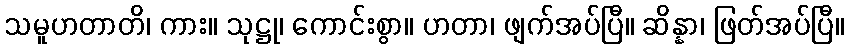
သမူဟတာတိ၊ ကား။ သုဋ္ဌု၊ ကောင်းစွာ။ ဟတာ၊ ဖျက်အပ်ပြီ။ ဆိန္နာ၊ ဖြတ်အပ်ပြီ။